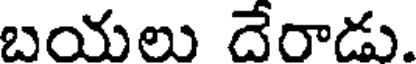
బయలు దేరాడు.